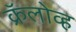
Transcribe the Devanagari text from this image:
क्रॅलोव्ह